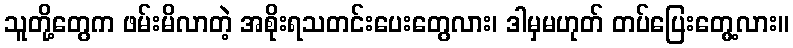
သူတို့တွေက ဖမ်းမိလာတဲ့ အစိုးရသတင်းပေးတွေလား၊ ဒါမှမဟုတ် တပ်ပြေးတွေ့လား။